Manual of vaccination for the United Provinces of Agra and Oudh -
Year: 1903
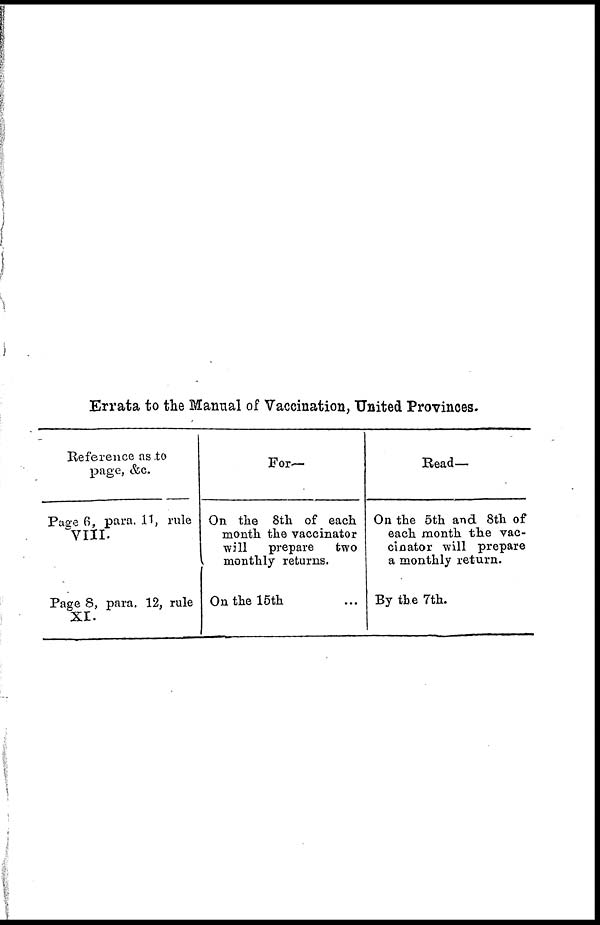
Errata to the Manual of Vaccination, United Provinces.
Reference as to
page, &c.
Page 6, para. 11, rule
VIII.
Page 8, para. 12, rule
XI.
For—
On the 8th of each
month the vaccinator
will
prepare
two
monthly returns.
On the 15th ...
Read—
On the 5th and 8th of
each month the vac-
cinator will prepare
a monthly return.
By the 7th.